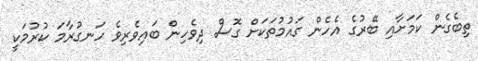
ތިބެގެން ކަމަށާއި ބޭރުގެ އެހެން ގައުމުތަކަށް ގޮސް ދިވެހިން ބައިވެރިވެ ހަނގުރާމަ ކުރުމަކީ